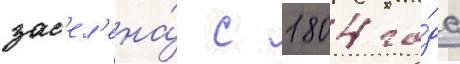
зас'ел'ена́ с 1804 го́да